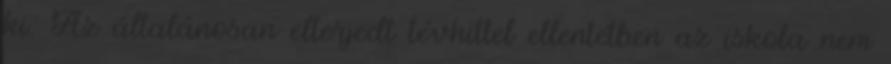
ki. Az általánosan elterjedt tévhittel ellentétben az iskola nem